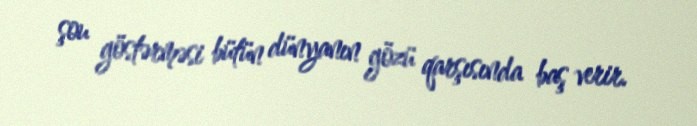
şou göstərməsi bütün dünyanın gözü qarşısında baş verir.